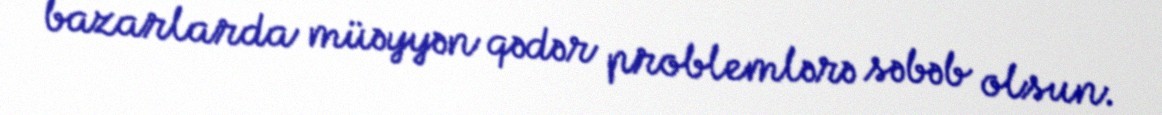
bazarlarda müəyyən qədər problemlərə səbəb olsun.